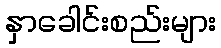
နှာခေါင်းစည်းများ